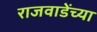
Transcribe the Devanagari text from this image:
राजवाडेंच्या